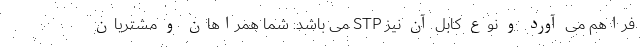
فراهم می آورد و نوع کابل آن نیز STP می باشد. شما همراهان و مشتریان